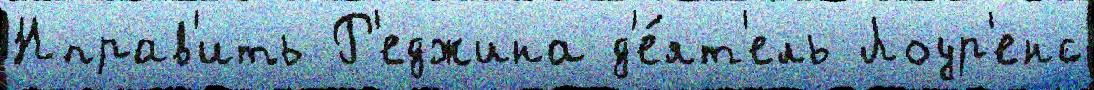
Нправ'ить Р'еджина д'е́ят'ель Лоур'енс